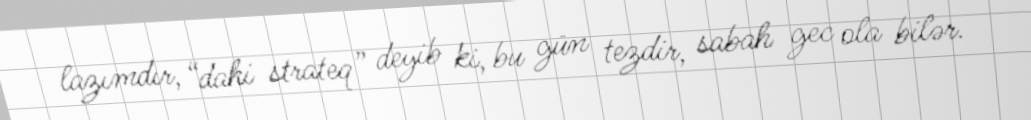
lazımdır, “dahi strateq” deyib ki, bu gün tezdir, sabah gec ola bilər.